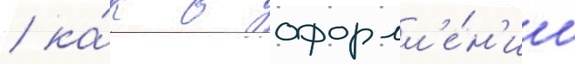
/ ка́к в оформл'е́н'ии